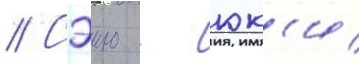
// Сэию - юк'и